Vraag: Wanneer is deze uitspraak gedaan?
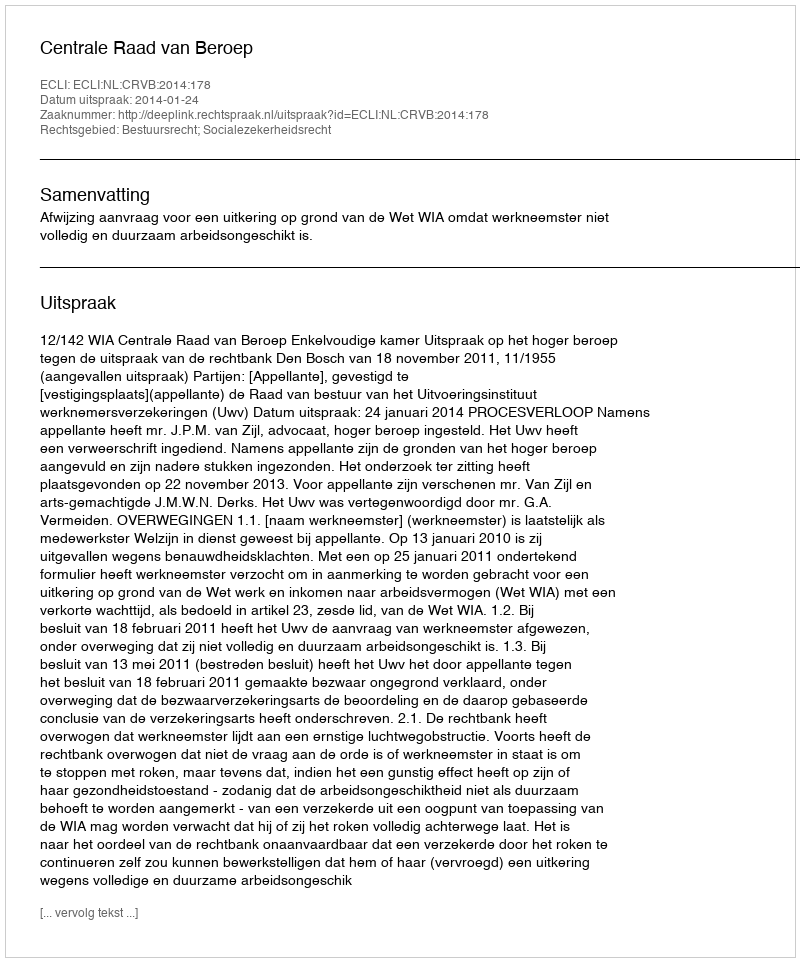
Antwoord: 2014-01-24